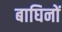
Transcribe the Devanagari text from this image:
बाघिनों